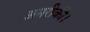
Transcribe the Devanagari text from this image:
अमरीकी।